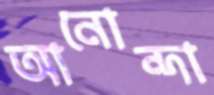
আনোন্দা